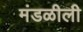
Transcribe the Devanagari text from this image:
मंडळीली